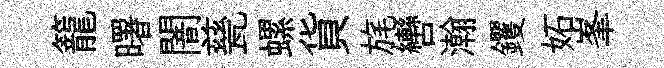
籠曙闇甆螺貨旄轡瀚钁妬峯